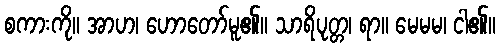
စကားကို။ အာဟ၊ ဟောတော်မူ၏။ သာရိပုတ္တ၊ ရာ။ မေမမ၊ ငါ၏။